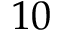
1 0